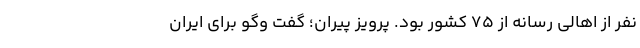
نفر از اهالی رسانه از ۷۵ کشور بود. پرویز پیران؛ گفت و‌گو برای ایران